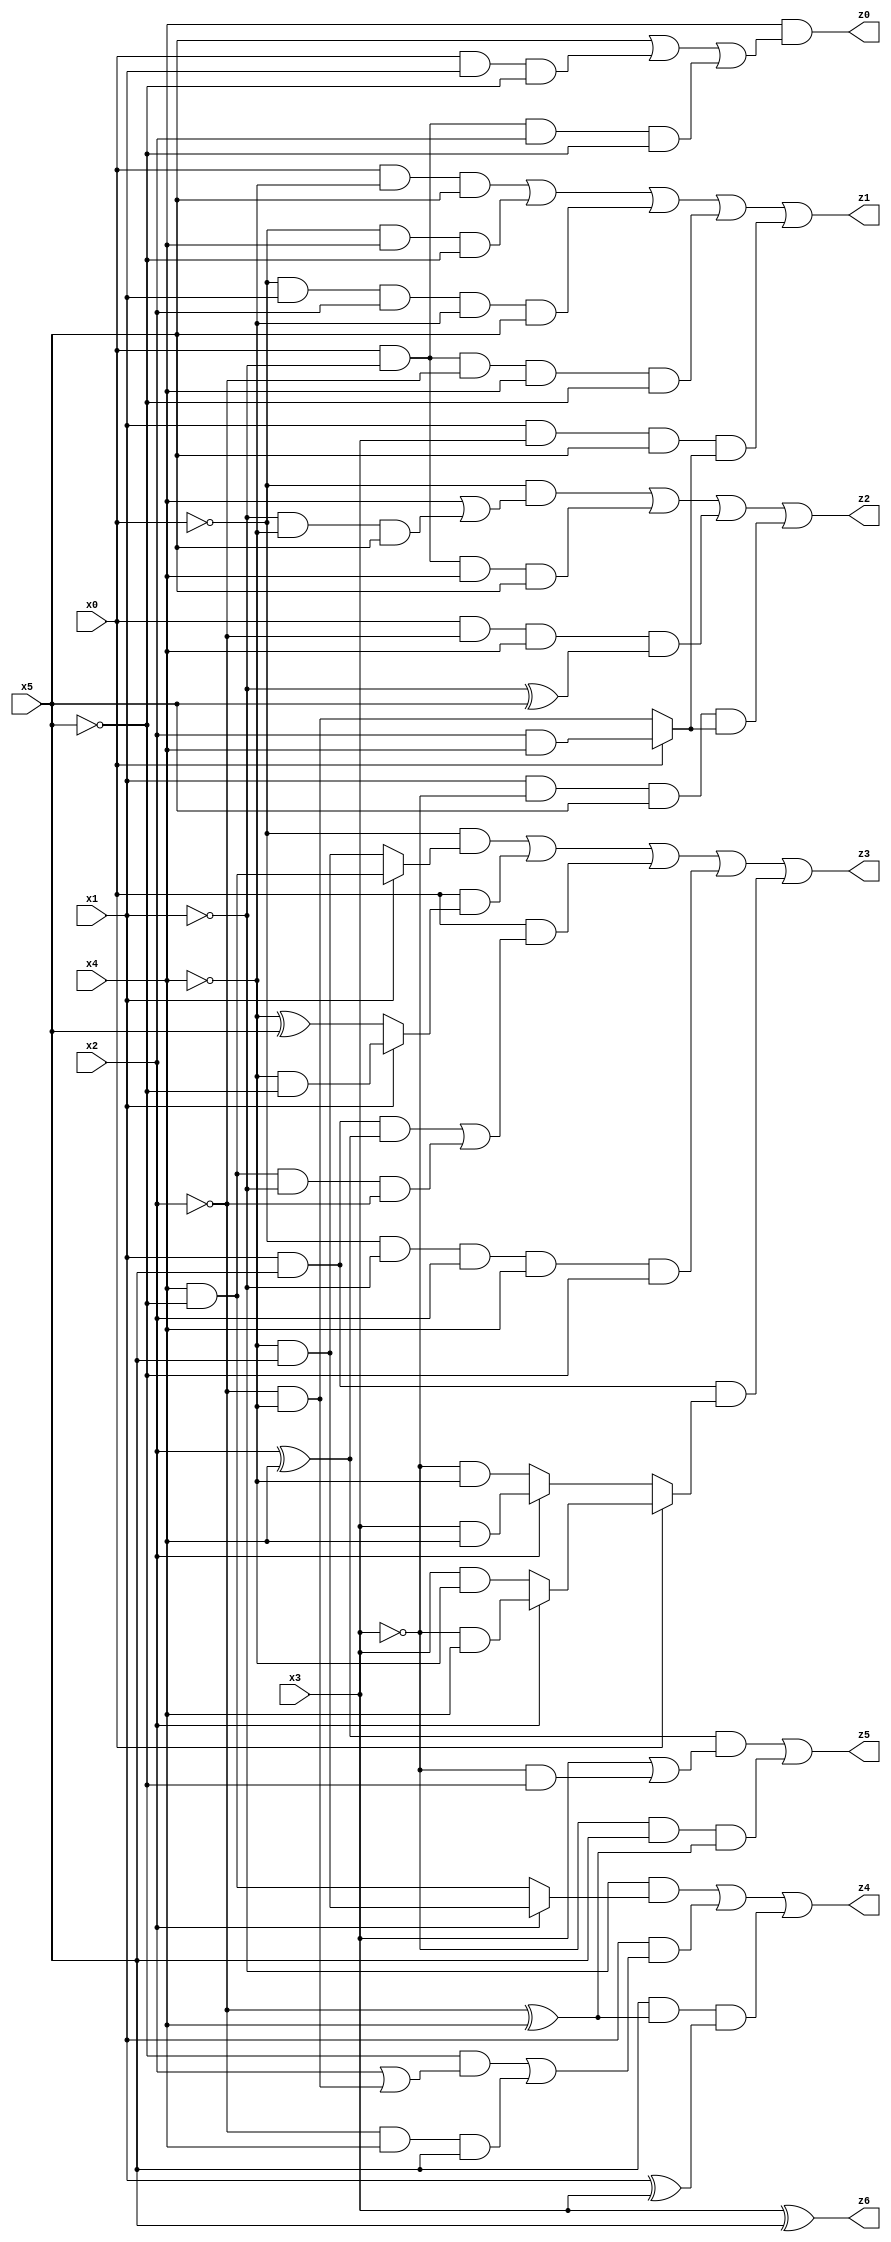
// Benchmark "X_36" written by ABC on Thu Jun 29 21:46:26 2023

module X_36 ( 
    x0, x1, x2, x3, x4, x5,
    z0, z1, z2, z3, z4, z5, z6  );
  input  x0, x1, x2, x3, x4, x5;
  output z0, z1, z2, z3, z4, z5, z6;
  assign z0 = x4 & (x5 | (x0 & x1 & ~x5) | (x0 & ~x1 & x2 & ~x5));
  assign z1 = (x0 & ~x4 & x5) | (~x0 & x4 & ~x5) | (~x0 & x1 & x2 & ~x4 & x5) | (x0 & ~x1 & ~x2 & x4 & ~x5) | (x1 & x3 & x5 & (x0 ? (x2 & x4) : (~x2 & ~x4)));
  assign z2 = (~x0 & (x4 | (~x1 & ~x4 & x5))) | (x0 & ~x1 & x4 & x5) | (x0 & ~x2 & x4 & (~x1 ^ x5)) | (x1 & ~x3 & x5 & (x0 ? (x2 & x4) : (~x2 & ~x4)));
  assign z3 = (~x0 & (x1 ? (x4 & ~x5) : (~x4 & x5))) | (x0 & (x1 ? (~x4 & ~x5) : (~x4 ^ x5))) | (x0 & ((x1 & x5 & (x2 ^ x4)) | (x4 & ~x5 & ~x1 & ~x2))) | (~x0 & ~x1 & x2 & x4 & ~x5) | (x1 & x5 & (x0 ? (x2 ? (~x3 & x4) : (x3 & ~x4)) : (x2 ? (x3 & x4) : (~x3 & ~x4))));
  assign z4 = (~x1 & (x2 ? (~x4 & x5) : (x4 & ~x5))) | (x1 & ((~x5 & (x2 | (~x2 & ~x4))) | (~x2 & x4 & x5))) | (x5 & (~x2 ^ x4) & (x1 ^ x3));
  assign z5 = ((x2 ^ x4) & (x3 | (~x3 & ~x5))) | (~x3 & x5 & (~x2 ^ x4));
  assign z6 = x3 ^ x5;
endmodule